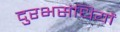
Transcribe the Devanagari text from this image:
दुरभसंधियों